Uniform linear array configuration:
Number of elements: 32
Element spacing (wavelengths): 0.75
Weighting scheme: exponential
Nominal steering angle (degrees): -30
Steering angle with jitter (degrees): -28.757
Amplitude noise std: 0.05
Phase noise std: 0.05

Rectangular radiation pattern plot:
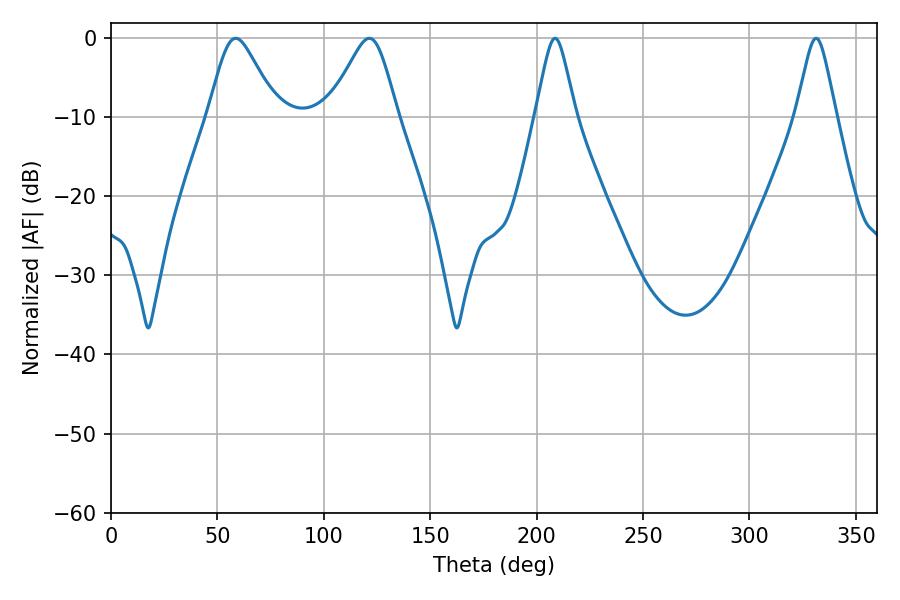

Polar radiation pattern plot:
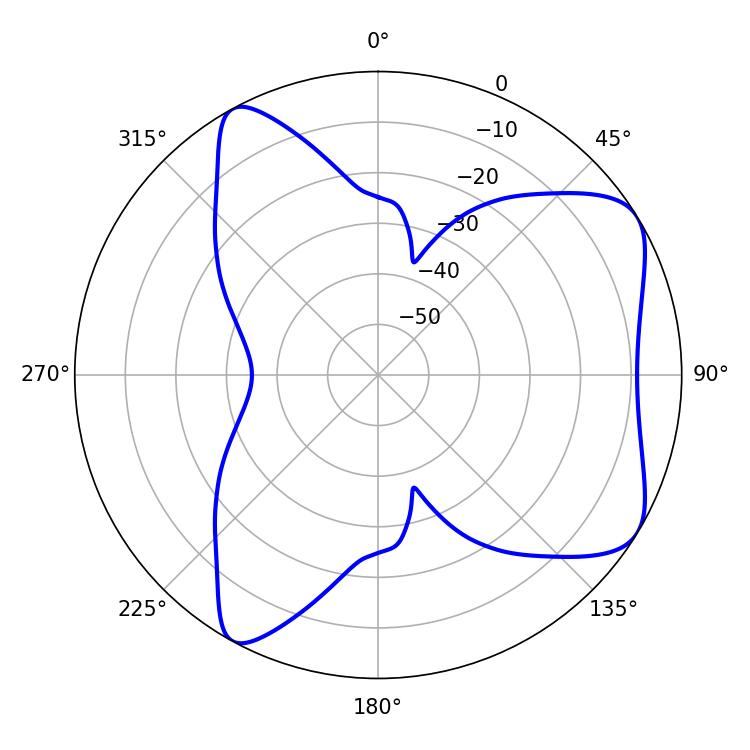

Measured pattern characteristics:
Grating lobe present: TRUE
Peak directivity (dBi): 6.789
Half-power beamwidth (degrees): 15.66
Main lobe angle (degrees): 58.68